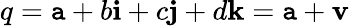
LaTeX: q=\mathtt{a}+b\mathbf{{i}}+c\mathbf{{j}}+d\mathbf{{k}}=\mathtt{a}+\mathbf{{v}}